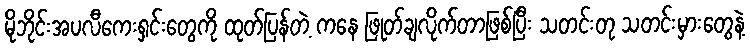
မိုဘိုင်းအပလီကေးရှင်းတွေကို ထုတ်ပြန်တဲ့ ကနေ ဖြုတ်ချလိုက်တာဖြစ်ပြီး သတင်းတု သတင်းမှားတွေနဲ့